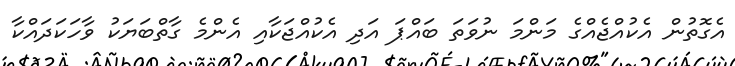
އެގޮތުން އެކުއްޖެއްގެ މަންމަ ނުވަތަ ބައްޕަ އަދި އެކުއްޖަކާއި އެންމެ ގާތްބަޔަކު ވާހަކަދައްކާ